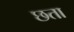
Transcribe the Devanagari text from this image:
छता